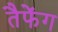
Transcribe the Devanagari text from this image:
तैफेंग